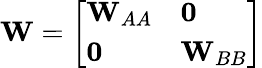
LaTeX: \mathbf{W}=\left[\begin{array}{ll}{\mathbf{W}_{AA}}&{\mathbf{0}}\\ {\mathbf{0}}&{\mathbf{W}_{BB}}\end{array}\right]